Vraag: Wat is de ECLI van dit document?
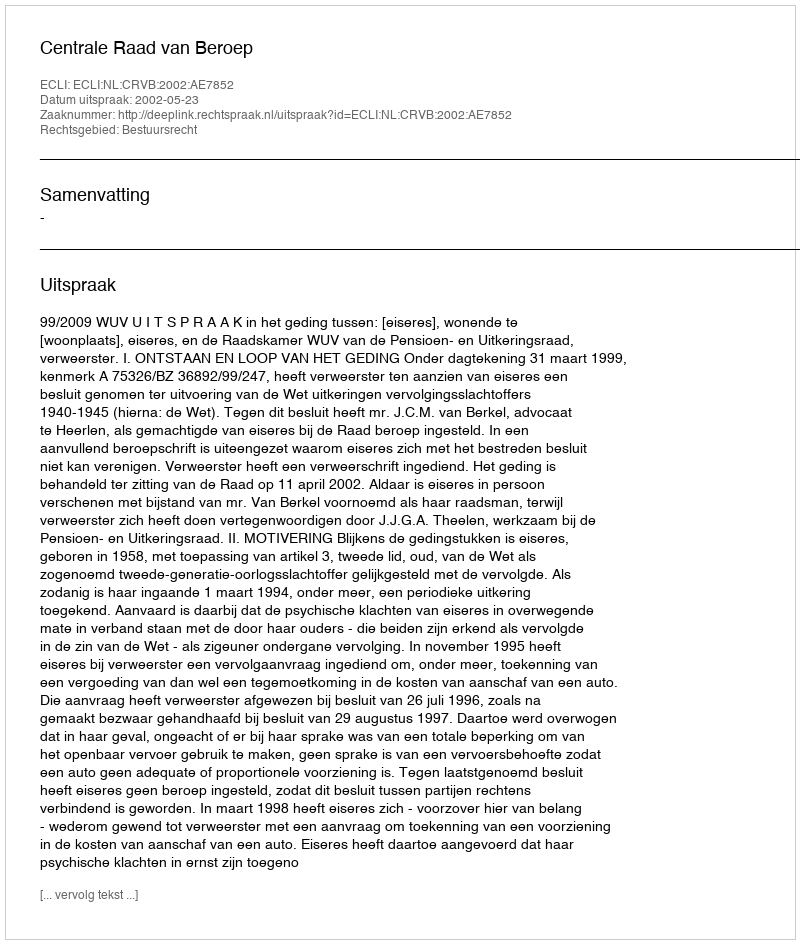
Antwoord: ECLI:NL:CRVB:2002:AE7852